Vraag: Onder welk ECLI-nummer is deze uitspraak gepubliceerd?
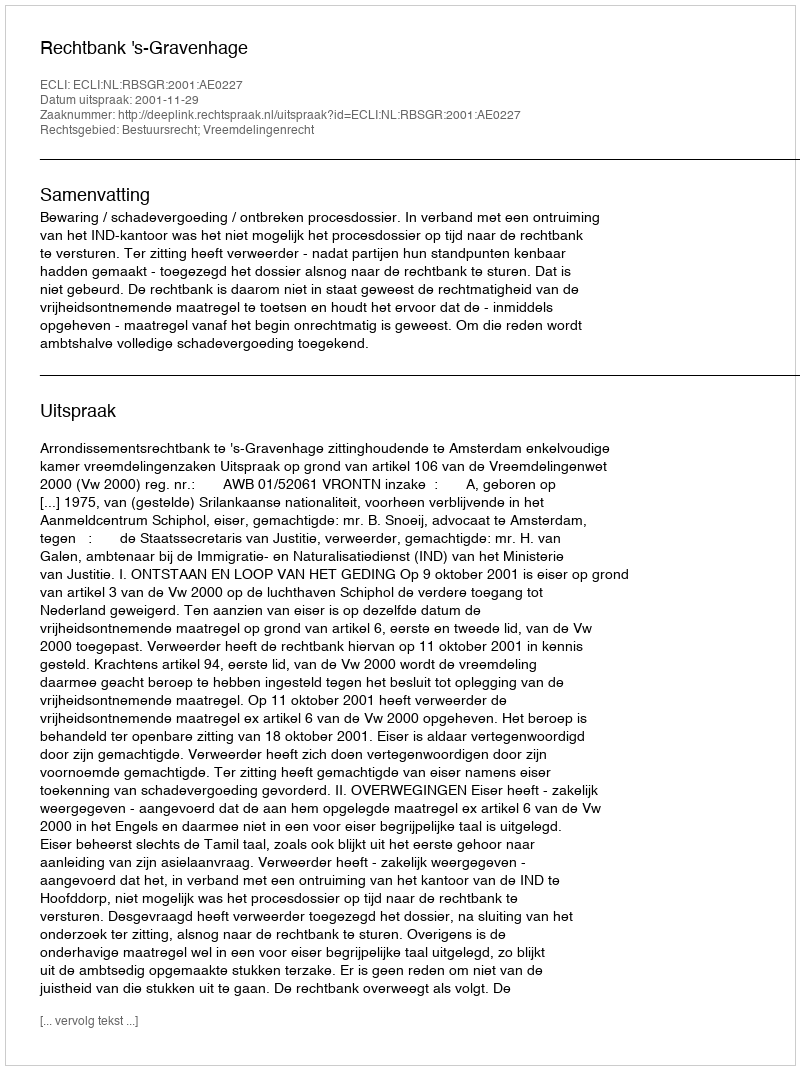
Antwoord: ECLI:NL:RBSGR:2001:AE0227